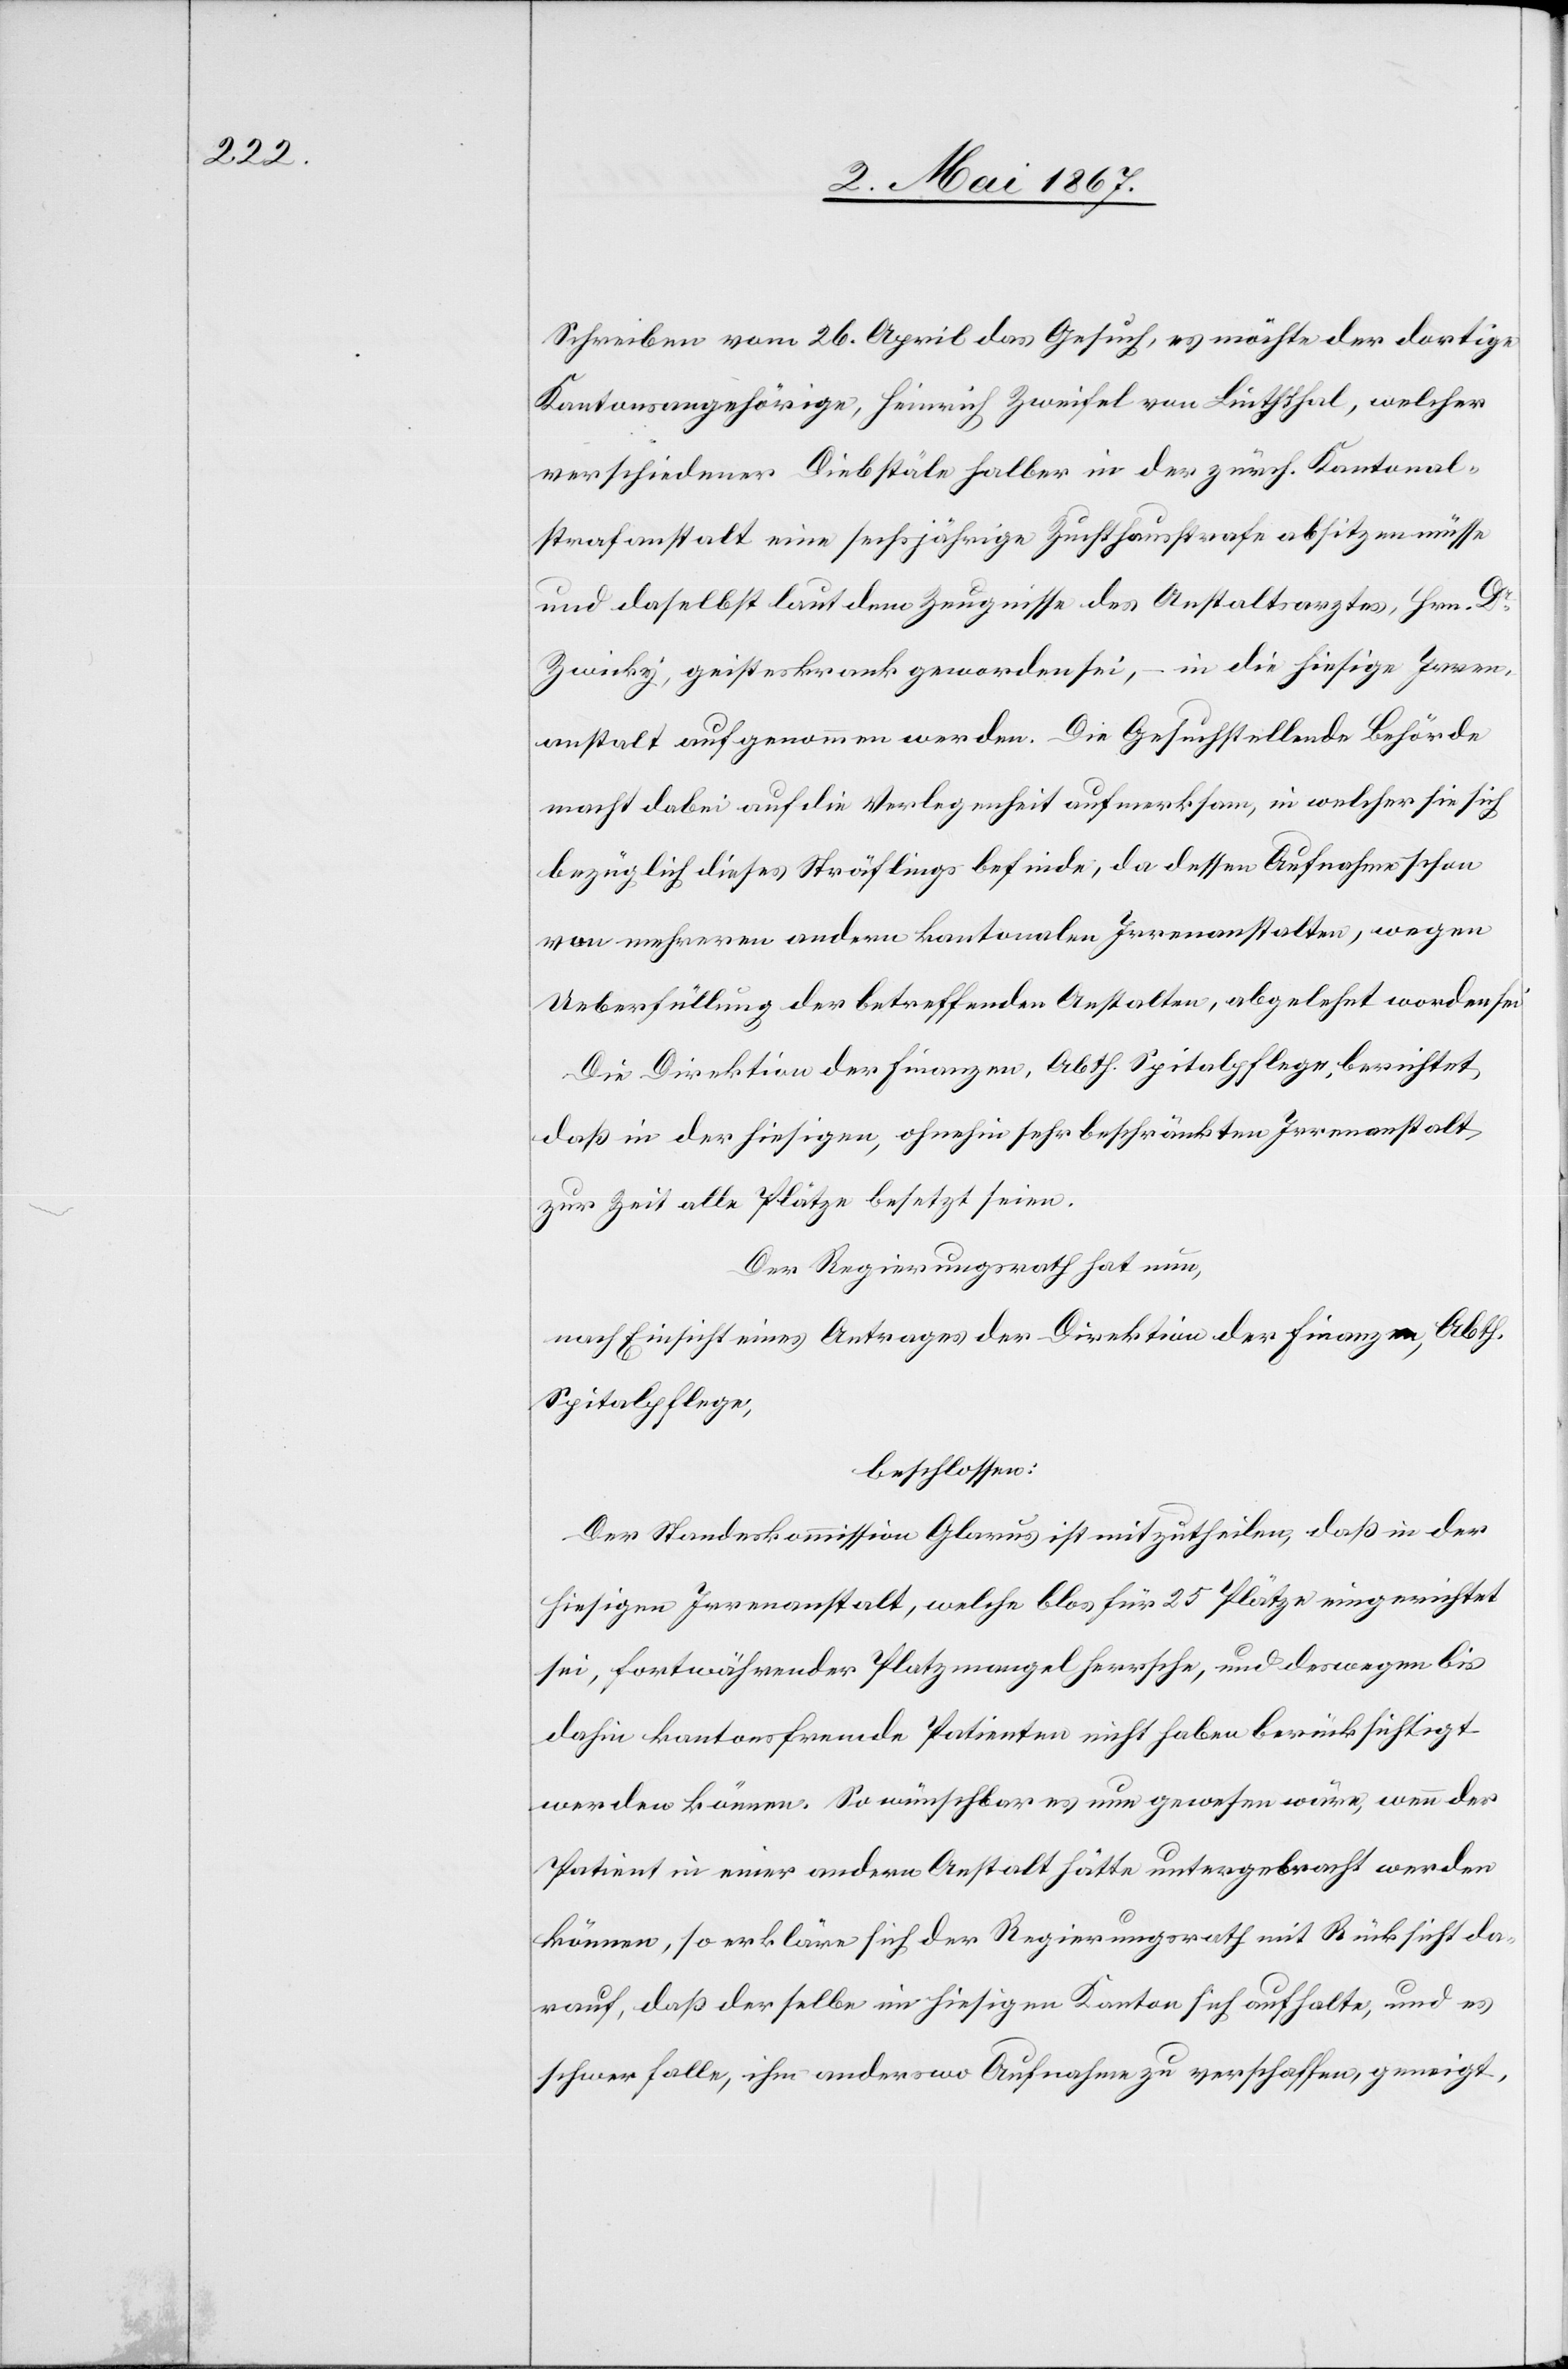
Schreiben vom 26. April das Gesuch, es möchte der dortige
Kantonsangehörige, Heinrich Zweifel von Linththal, welcher
verschiedener Diebstäle halber in der zürch. Kantonal¬
strafanstalt eine sechsjährige Zuchthausstrafe absitzen müsse
und daselbst laut dem Zeugnisse des Anstaltsarztes, Hrn. Dr.
Zwicky, geisteskrank geworden sei, – in die hiesige Irren¬
anstalt aufgenommen werden. Die Gesuchstellende Behörde
macht dabei auf die Verlegenheit aufmerksam, in welcher sie sich
bezüglich dieses Sträflings befinde, da dessen Aufnahme schon
von mehreren andern kantonalen Irrenanstalten, wegen
Ueberfüllung der betreffenden Anstalten, abgelehnt worden sei.
Die Direktion der Finanzen, Abth. Spitalpflege, berichtet,
daß in der hiesigen, ohnehin sehr beschränkten Irrenanstalt
zur Zeit alle Plätze besetzt seien.
Der Regierungsrath hat nun,
nach Einsicht eines Antrages der Direktion der Finanzen, Abth.
Spitalpflege,
beschlossen:
Der Standeskommission Glarus ist mitzutheilen, daß in der
hiesigen Irrenanstalt, welche blos für 25 Plätze eingerichtet
sei, fortwährender Platzmangel herrsche, und deswegen bis
dahin kantonsfremde Patienten nicht haben berücksichtigt
werden können. So wünschbar es nun gewesen wäre, wenn der
Patient in einer andern Anstalt hätte untergebracht werden
können, so erkläre sich der Regierungsrath mit Rücksicht da¬
rauf, daß derselbe im hiesigen Kanton sich aufhalte, und es
schwer falle, ihm anderswo Aufnahme zu verschaffen, geneigt,